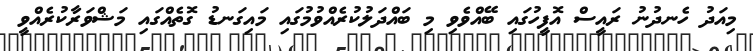
މިއަދު ހެނދުނު ރައީސް އޮފީހުގައި ބޭއްވެވި މި ބައްދަލުކުރެއްވުމުގައި މައިގަނޑު ގޮތެއްގައި މަޝްވަރާކުރެއްވީ